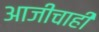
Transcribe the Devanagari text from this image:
आजीचाही